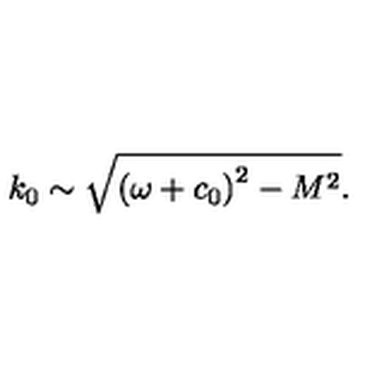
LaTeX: k _ { 0 } \sim \sqrt { \left( \omega + c _ { 0 } \right) ^ { 2 } - M ^ { 2 } } .